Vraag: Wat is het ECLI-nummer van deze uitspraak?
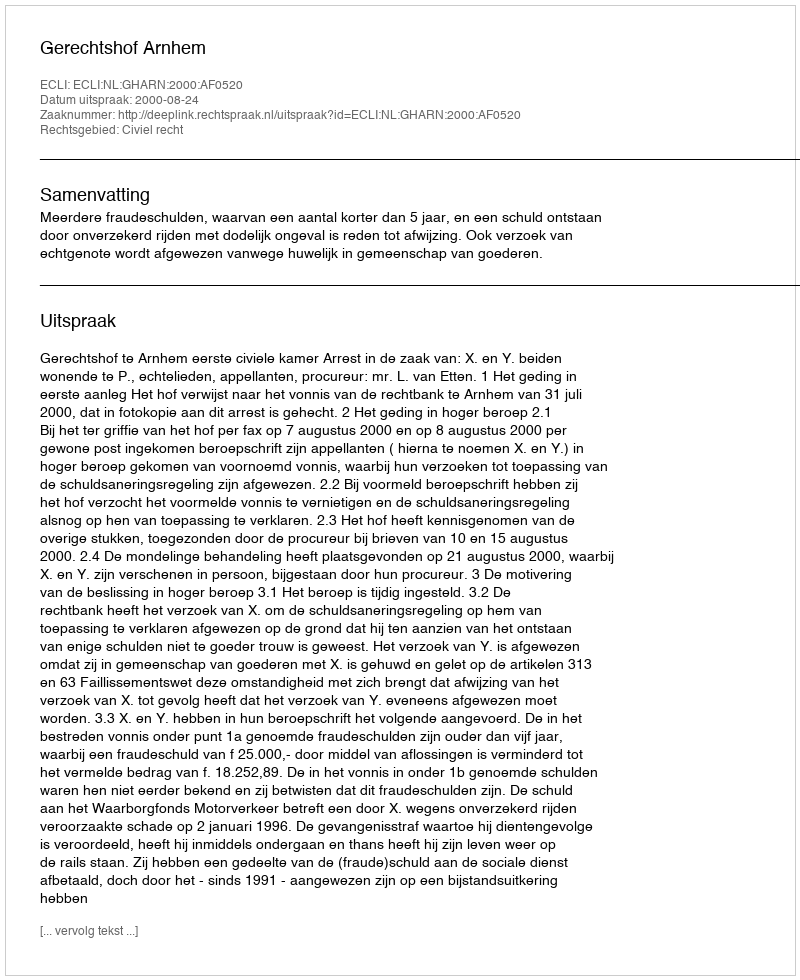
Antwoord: ECLI:NL:GHARN:2000:AF0520